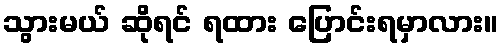
သွားမယ် ဆိုရင် ရထား ပြောင်းရမှာလား။